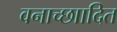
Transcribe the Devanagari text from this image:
वनाच्छाादित